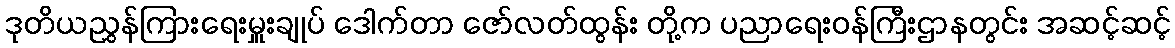
ဒုတိယညွှန်ကြားရေးမှူးချုပ် ဒေါက်တာ ဇော်လတ်ထွန်း တို့က ပညာရေးဝန်ကြီးဌာနတွင်း အဆင့်ဆင့်